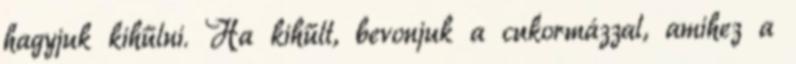
hagyjuk kihűlni. Ha kihűlt, bevonjuk a cukormázzal, amihez a